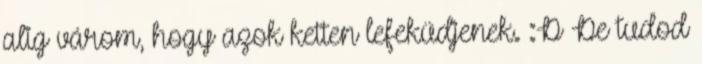
alig várom, hogy azok ketten lefeküdjenek. :D De tudod